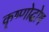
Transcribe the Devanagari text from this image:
कृष्णोद्घोष